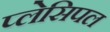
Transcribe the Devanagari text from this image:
प्लेसिपल